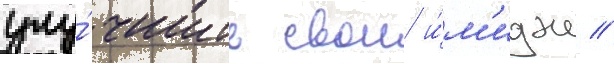
улу́чшить свои и́м'идж //